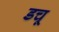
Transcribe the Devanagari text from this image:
डचू